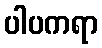
ပါပကရာ